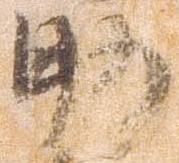
助